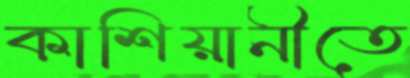
কাশিয়ানীতে